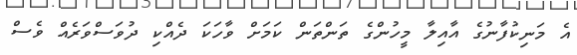
އެ މަނިކުފާނުގެ އާއިލާ މީހުންގެ ތަންތަން ކަމަށް ވާހަކަ ދެއްކި ދުވަސްވަރެއް ވެސް